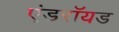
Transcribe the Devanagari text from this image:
एंडराॅयड